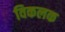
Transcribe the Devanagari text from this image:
विकलक